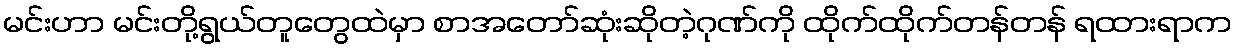
မင်းဟာ မင်းတို့ရွယ်တူတွေထဲမှာ စာအတော်ဆုံးဆိုတဲ့ဂုဏ်ကို ထိုက်ထိုက်တန်တန် ရထားရာက